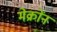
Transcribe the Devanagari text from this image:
मेक्रोंन